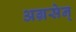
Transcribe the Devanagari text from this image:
अग्रसेन्